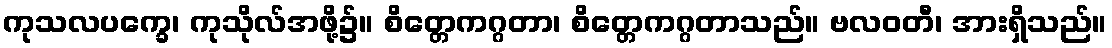
ကုသလပက္ခေ၊ ကုသိုလ်အဖို့၌။ စိတ္တေကဂ္ဂတာ၊ စိတ္တေကဂ္ဂတာသည်။ ဗလဝတီ၊ အားရှိသည်။